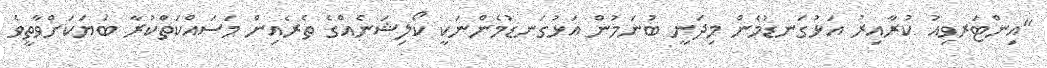
"އިންޓަރވިއު ކުރާއިރު އަޅުގަނޑުމެން މިދަނީ ބުނަމުން އަޅުގަނޑުމެންނަކީ ކޯލިޝަނެއްގެ ތެރެއިން މަސައްކަތްކުރާ ބަޔަކަށްވާތީވެ